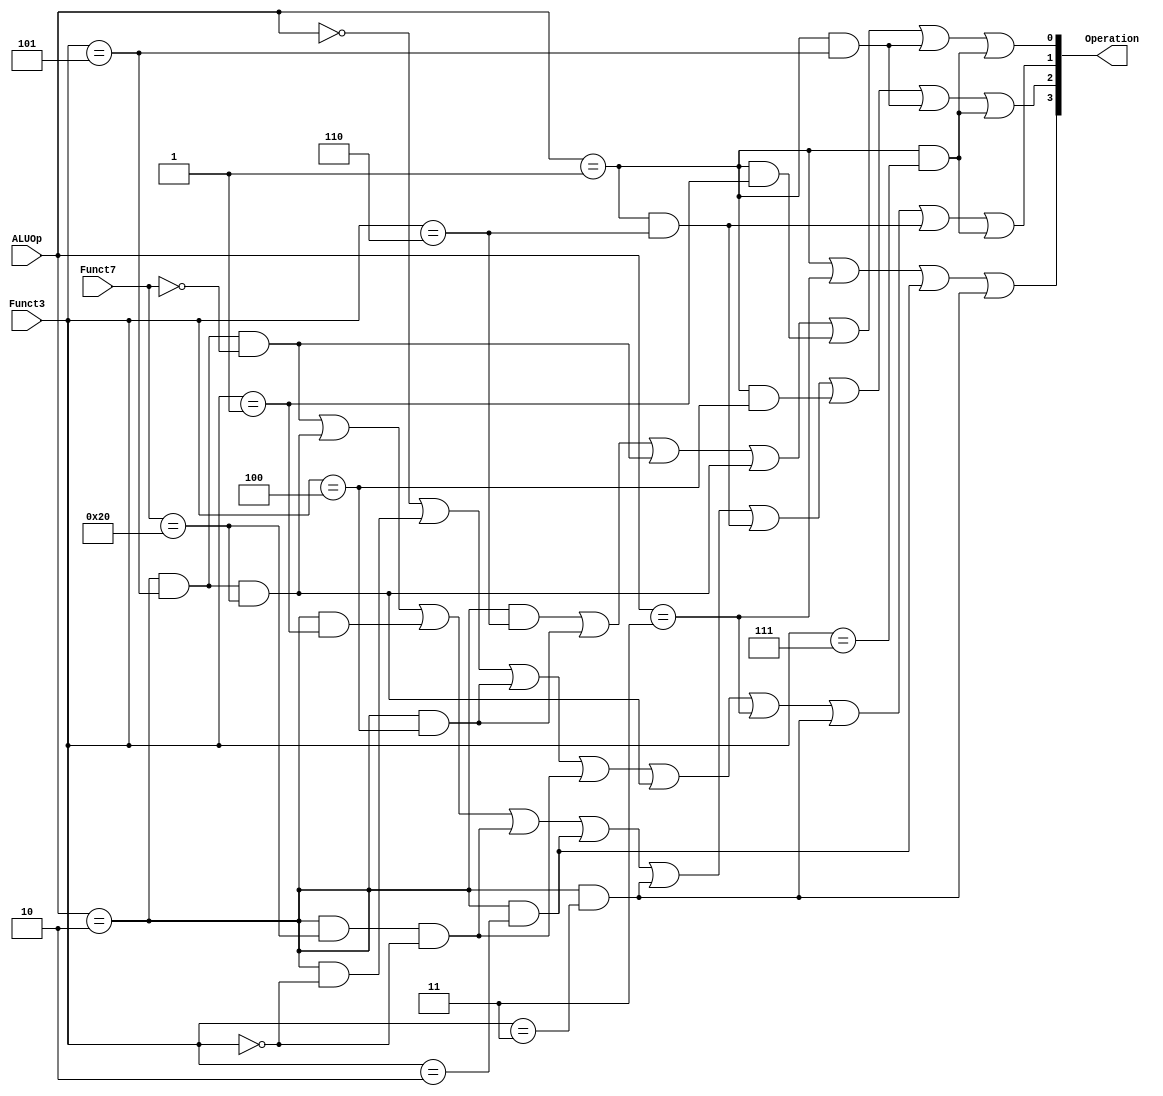
`timescale 1ns / 1ps


module ALUController(
    
    //Inputs
    input [1:0] ALUOp,  // 2-bit opcode field from the Controller--00: LW/SW/AUIPC; 01:Branch; 10: Rtype/Itype; 11:JAL/LUI
    input [6:0] Funct7, // bits 25 to 31 of the instruction
    input [2:0] Funct3, // bits 12 to 14 of the instruction
    
    //Output
    output [3:0] Operation //operation selection for ALU
);
 
 assign Operation[0] =  ((ALUOp==2'b10) && (Funct3==3'b110)) || // R\I-or
                        ((ALUOp==2'b10) && (Funct3==3'b100)) || // R\I-xor
                        ((ALUOp==2'b10) && (Funct3==3'b101) && (Funct7==7'b0000000)) || // R\I->>
                        ((ALUOp==2'b10) && (Funct3==3'b101) && (Funct7==7'b0100000)) || // R\I->>>
                        ((ALUOp==2'b01) && (Funct3==3'b001)) || // BNE
                        ((ALUOp==2'b01) && (Funct3==3'B101)) || // BGE
                        ((ALUOp==2'b01) && (Funct3==3'b111));   // BGEU

 assign Operation[1] =  (ALUOp==2'b00) ||   // SW\SW\AUIPC\JALR-add
                        ((ALUOp==2'b10) && (Funct3==3'b000)) || // R\I-add
                        ((ALUOp==2'b10) && (Funct3==3'b100)) || // R\I-xor
                        ((ALUOp==2'b10) && (Funct7==7'b0100000) && (Funct3==3'b000)) ||  // R-sub
                        ((ALUOp==2'b10) && (Funct3==3'b101) && (Funct7==7'b0100000)) || // R\I->>>
                        (ALUOp==2'b11) ||   // JAL\LUI: return1
                        ((ALUOp==2'b10) && (Funct3==3'b011)) || // SLTIU, SLTU: <u
                        ((ALUOp==2'b01) && (Funct3==3'b110)) || // BLTU
                        ((ALUOp==2'b01) && (Funct3==3'b111));   // BGEU

 assign Operation[2] =  ((ALUOp==2'b10) && (Funct3==3'b101) && (Funct7==7'b0000000)) || // R\I->>
                        ((ALUOp==2'b10) && (Funct3==3'b101) && (Funct7==7'b0100000)) || // R\I->>>
                        ((ALUOp==2'b10) && (Funct3==3'b001)) || // R\I-<<
                        ((ALUOp==2'b10) && (Funct7==7'b0100000) && (Funct3==3'b000)) ||  // R-sub
                        ((ALUOp==2'b10) && (Funct3==3'b010)) || // R\I-<
                        ((ALUOp==2'b10) && (Funct3==3'b011)) || // SLTIU, SLTU: <u
                        ((ALUOp==2'b01) && (Funct3==3'b110)) || // BLTU
                        ((ALUOp==2'b01) && (Funct3==3'b100)) || // BLT
                        ((ALUOp==2'b01) && (Funct3==3'B101)) || // BGE
                        ((ALUOp==2'b01) && (Funct3==3'b111));   // BGEU

 assign Operation[3]=   (ALUOp==2'b01) || // BNE, BEQ, BLT, BGE, BLTU, BGEU
                        (ALUOp==2'b11) ||   // JAL\LUI: return1
                        ((ALUOp==2'b10) && (Funct3==3'b010)) || // R\I-<
                        ((ALUOp==2'b10) && (Funct3==3'b011));   // SLTIU, SLTU: <u
endmodule